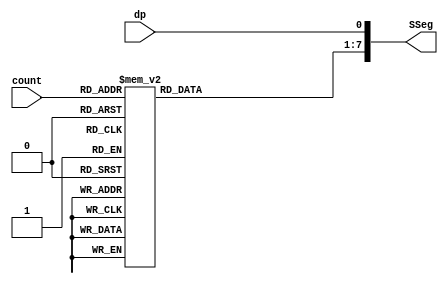
//Verilog HDL Code for BCD Counter

module BCD_Decoder
(
	input wire			dp,	// decimal enable
	input wire [3:0]	count, 
	output reg [7:0]	SSeg
);
	reg [6:0]	num;
	
	always @(*) 
		begin
			case (count)
				4'b0000 : num <= 7'b0000001; // 0
				4'b0001 : num <= 7'b1001111; // 1 
				4'b0010 : num <= 7'b0010010; // 2
				4'b0011 : num <= 7'b0000110; // 3
				4'b0100 : num <= 7'b1001100; // 4
				4'b0101 : num <= 7'b0100100; // 5
				4'b0110 : num <= 7'b0100000; // 6
				4'b0111 : num <= 7'b0001111; // 7
				4'b1000 : num <= 7'b0000000; // 8
				4'b1001 : num <= 7'b0000100; // 9
				default : num <= 7'b0000001; // 0
			endcase
			
			SSeg <= {num,dp};
		
		end					

endmodule